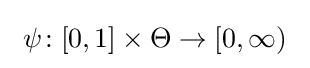
\ \psi \!:[0,1]\times \Theta \rightarrow [0,\infty )\